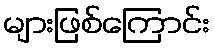
များဖြစ်ကြောင်း